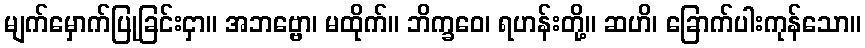
မျက်မှောက်ပြုခြင်းငှာ။ အဘဗ္ဗော၊ မထိုက်။ ဘိက္ခဝေ၊ ရဟန်းတို့။ ဆဟိ၊ ခြောက်ပါးကုန်သော။